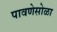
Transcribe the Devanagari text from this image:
पावणेसोळा